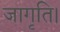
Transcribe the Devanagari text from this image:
जागृति।